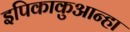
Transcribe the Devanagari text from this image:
इपिकाकुआन्हा